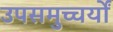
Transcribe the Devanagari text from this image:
उपसमुच्चर्यों